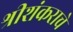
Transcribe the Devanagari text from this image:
श्रीशंकराचे